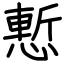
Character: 慙